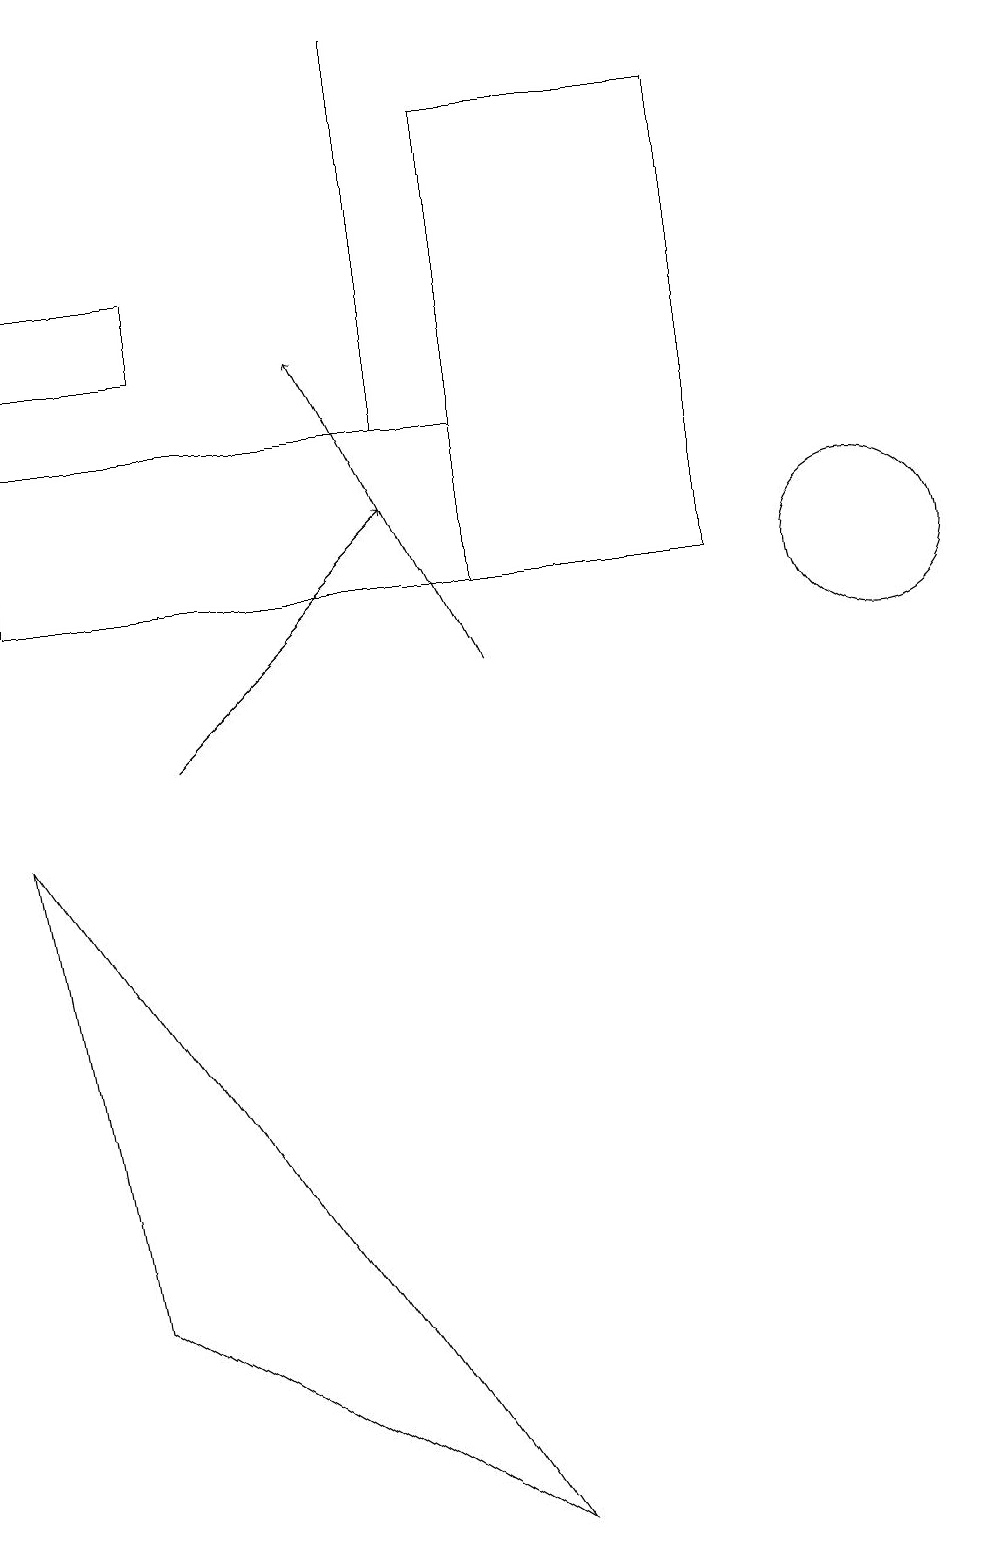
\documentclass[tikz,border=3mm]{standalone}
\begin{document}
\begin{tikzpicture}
\draw (2,16) rectangle (0,15);
\draw (11,12) circle (1);
\draw[->] (2,10) -- (5,13);
\draw (6,12) rectangle (9,18);
\draw (0,14) rectangle (6,12);
\draw (1,3) -- (0,9) -- (6,0) -- cycle;
\draw[->] (6,11) -- (4,15);
\draw (5,19) rectangle (5,14);
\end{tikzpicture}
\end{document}